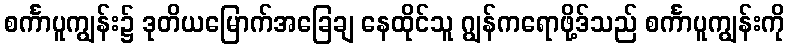
စင်္ကာပူကျွန်း၌ ဒုတိယမြောက်အခြေချ နေထိုင်သူ ဂျွန်ကရောဖို့ဒ်သည် စင်္ကာပူကျွန်းကို